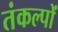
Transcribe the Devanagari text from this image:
तंकल्पों